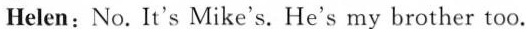
Helen:No. It's Mike's. He's my brother too.